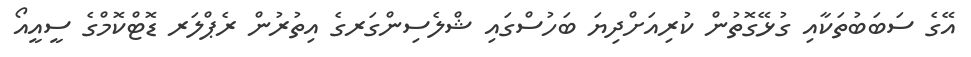
އޭގެ ސަބަބުތަކާއި ގުޅޭގޮތުން ކުރިއަށްދިޔަ ބަހުސްގައި ޝްލެސިންގަރގެ އިތުރުން ރެޕްލަރ ޑޮޓްކޮމްގެ ސީއީއޯ